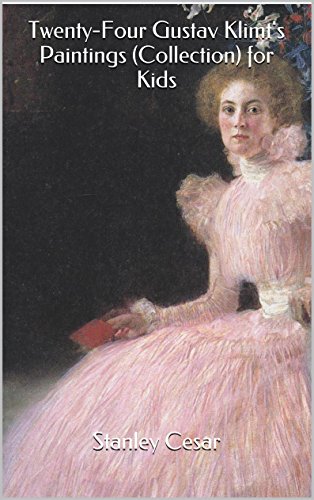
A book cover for Twenty-Four Gustav Klimt's Paintings (Collection) for Kids; Stanley Cesar; Sports & Outdoors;